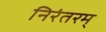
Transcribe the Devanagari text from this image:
निरंतरम्‌